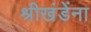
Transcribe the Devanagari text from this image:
श्रीखंडेंना